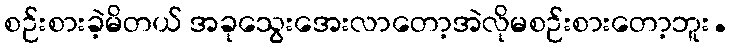
စဉ်းစားခဲ့မိတယ် အခုသွေးအေးလာတော့အဲလိုမစဉ်းစားတော့ဘူး.